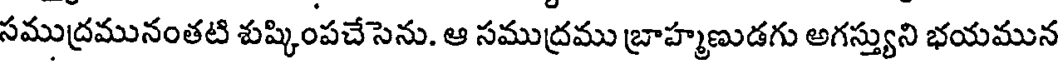
సముద్రమునంతటి శుష్కింపచేసెను. ఆ సముద్రము బ్రాహ్మణుడగు అగస్త్యుని భయమున